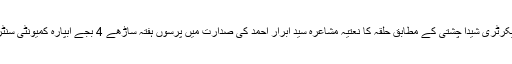
24 مئی2018ء) گوشہٴ ادب کے سیکرٹری شیدا چشتی کے مطابق حلقہ کا نعتیہ مشاعرہ سیّد ابرار احمد کی صدارت میں پرسوں ہفتہ ساڑھے 4 بجے آبپارہ کمیونٹی سنٹر میں ہو گا جو افطاری پر ختم ہو گا۔